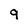
Character: q